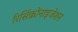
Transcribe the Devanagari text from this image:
रिसिंक्रोनाइजेशन